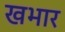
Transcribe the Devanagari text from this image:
खभार